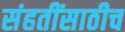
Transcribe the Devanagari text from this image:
संहतींसाठीच